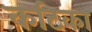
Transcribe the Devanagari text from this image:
कटिका